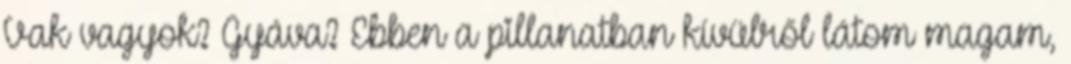
Vak vagyok? Gyáva? Ebben a pillanatban kívülről látom magam,